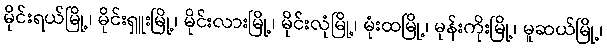
မိုင်းရယ်မြို့၊ မိုင်းရှူးမြို့၊ မိုင်းလားမြို့၊ မိုင်းလုံမြို့၊ မုံးထမြို့၊ မုန်းကိုးမြို့၊ မူဆယ်မြို့၊